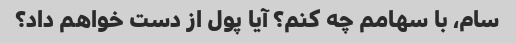
سام، با سهامم چه کنم؟ آیا پول از دست خواهم داد؟